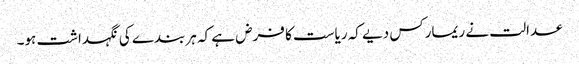
عدالت نے ریمارکس دیے کہ ریاست کا فرض ہے کہ ہر بندے کی نگہداشت ہو۔